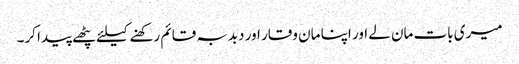
میری بات مان لے اور اپنا مان وقار اور دبدبہ قائم رکھنے کیلئے پٹھے پیدا کر۔